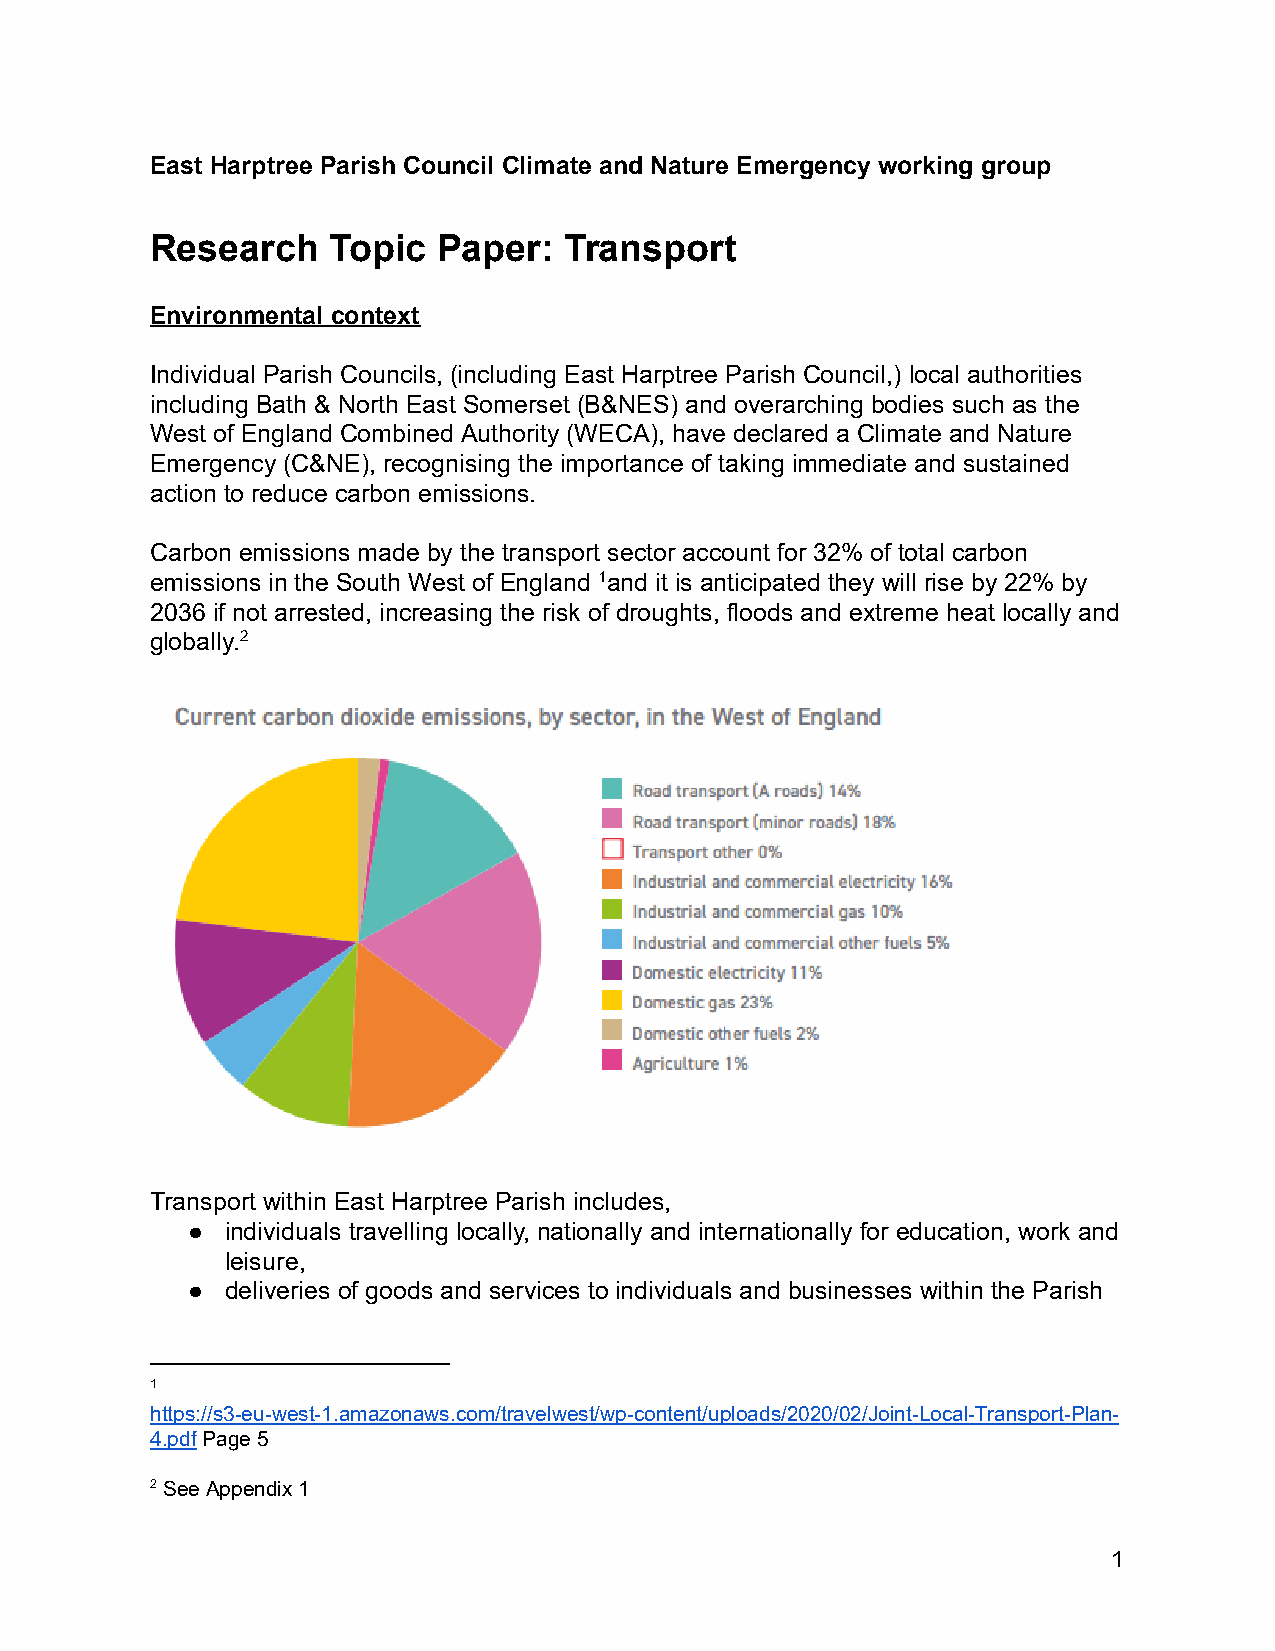
East Harptree Parish Council Climate and Nature Emergency working group
 Research    Topic  Paper:  Transport
 Environmental context
 Individual Parish Councils, (including East Harptree Parish Council,) local authorities
 including Bath & North East Somerset (B&NES) and overarching bodies such as the
 West of England Combined Authority (WECA), have declared a Climate and Nature
 Emergency (C&NE), recognising the importance of taking immediate and sustained
 action to reduce carbon emissions.
 Carbon emissions made by the transport sector account for 32% of total carbon
 emissions in the South West of England 1 and it is anticipated they will rise by 22% by
 2036 if not arrested, increasing the risk of droughts, floods and extreme heat locally and
 globally.2
 Transport within East Harptree Parish includes,
 ●  individuals travelling locally, nationally and internationally for education, work and
 leisure,
 ●  deliveries of goods and services to individuals and businesses within the Parish
 1
 https://s3-eu-west-1.amazonaws.com/travelwest/wp-content/uploads/2020/02/Joint-Local-Transport-Plan-
 4.pdf Page 5
 2 See Appendix 1
 1